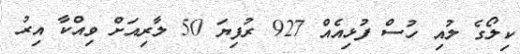
ކިލޯގެ ލުއި ހުސް ފުޅިއެއް 927 ރުފިޔަ 50 ލާރިއަށް ވިއްކާ އިރު